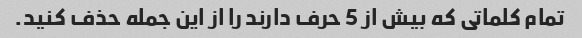
تمام کلماتی که بیش از 5 حرف دارند را از این جمله حذف کنید.